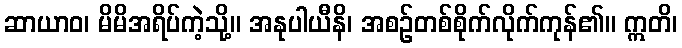
ဆာယာဝ၊ မိမိအရိပ်ကဲ့သို့။ အနုပါယီနိ၊ အစဉ်တစ်စိုက်လိုက်ကုန်၏။ ဣတိ၊